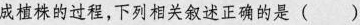
成植株的过程，下列相关叙述正确的是( )